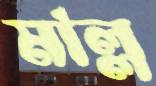
মাল্ল